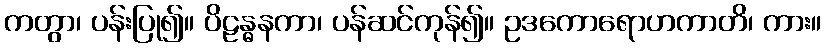
ကတွာ၊ ပန်းပြု၍။ ပိဠန္ဓနကာ၊ ပန်ဆင်ကုန်၍။ ဥဒကောရောဟကာတိ၊ ကား။